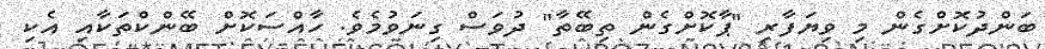
ބަންދުކޮށްގެން މި ވިޔަފާރި "ޕާކޮށްގެން ތިބޭތާ" ދުވަސް ގިނަވުމެވެ. ހާއްސަކޮށް ބޭންކްތަކާއި އެކި